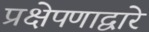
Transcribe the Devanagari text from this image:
प्रक्षेपणाद्वारे